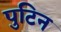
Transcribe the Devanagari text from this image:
पुटिन